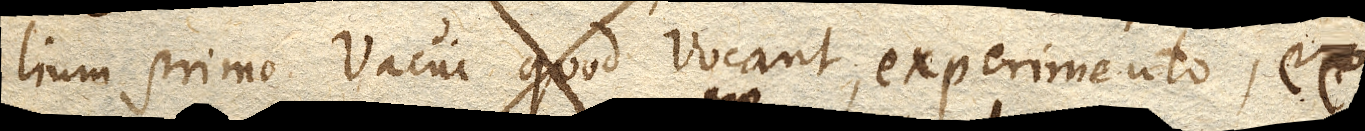
lium primo Vacui quod vocant, experimento, ex